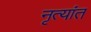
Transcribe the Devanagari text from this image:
नृत्यांत